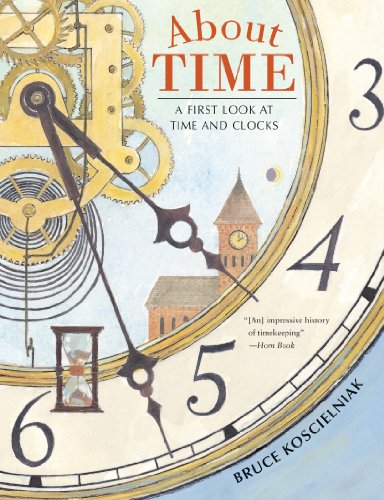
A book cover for About Time: A First Look at Time and Clocks; Bruce Koscielniak; Children's Books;